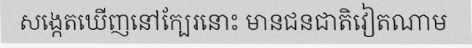
សង្កេតឃើញនៅក្បែរនោះ មានជនជាតិវៀតណាម